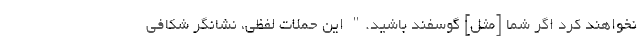
نخواهند کرد اگر شما [مثل] گوسفند باشید." این حملات لفظی، نشانگر شکافی